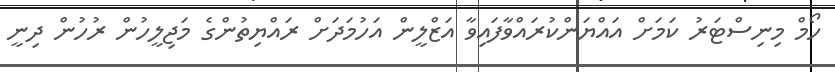
ހޯމް މިނިސްޓަރު ކަމަށް އައްޔަންކުރައްވާފައިވާ އަޒްލީން އަހުމަދަށް ރައްޔިތުންގެ މަޖިލީހުން ރުހުން ދިނީ